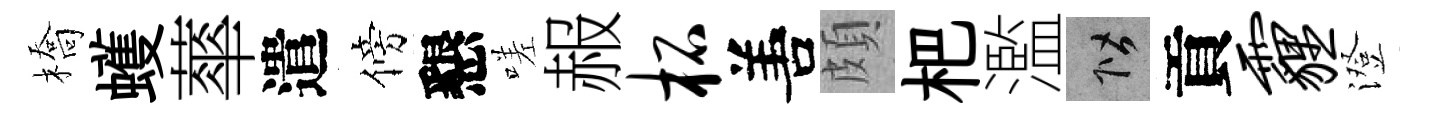
橋蠖蕐遣傍懇嗟赧柘𠵊頗杷濫階貢霾澄